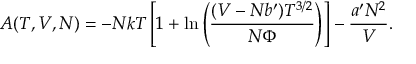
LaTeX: A ( T , V , N ) = - N k T \left[ 1 + \ln \left( { \frac { ( V - N b ^ { \prime } ) T ^ { 3 / 2 } } { N \Phi } } \right) \right] - { \frac { a ^ { \prime } N ^ { 2 } } { V } } .